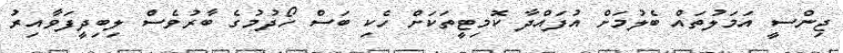
ޖިންސީ އަމަލުތައް ބެލުމަށް އުފައްދާ ކޮމިޓީތަކަށް ހެކި ބަސް ހޯދުމުގެ ބާރުވެސް ލިބިދީފަވާއިރު